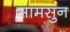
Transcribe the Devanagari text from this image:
सामसुन